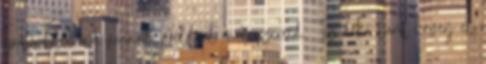
bőrproblémáid vannak, például mitesszereid. Tíz deka túrót keverj el